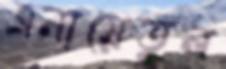
এনায়েতুল